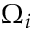
\Omega _ { i }